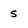
Character: 5